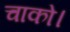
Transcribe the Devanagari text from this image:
चाको।